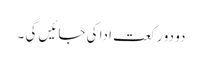
دو دو رکعت ادا کی جائیں گی ۔